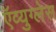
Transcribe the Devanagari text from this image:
ऍव्युग्लेस